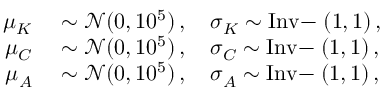
\begin{array} { r l } { \mu _ { K } ^ { } } & { { } \sim \mathcal { N } ( 0 , 1 0 ^ { 5 } ) \, , \quad \sigma _ { K } ^ { } \sim \mathrm { I n v { - } \Gamma } ( 1 , 1 ) \, , } \\ { \mu _ { C } ^ { } } & { { } \sim \mathcal { N } ( 0 , 1 0 ^ { 5 } ) \, , \quad \sigma _ { C } ^ { } \sim \mathrm { I n v { - } \Gamma } ( 1 , 1 ) \, , } \\ { \mu _ { A } ^ { } } & { { } \sim \mathcal { N } ( 0 , 1 0 ^ { 5 } ) \, , \quad \sigma _ { A } ^ { } \sim \mathrm { I n v { - } \Gamma } ( 1 , 1 ) \, , } \end{array}